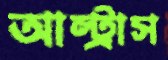
আল্ট্রাস